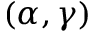
( \alpha , \gamma )